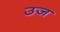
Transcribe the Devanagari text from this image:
उज